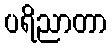
ပရိညာတာ